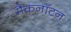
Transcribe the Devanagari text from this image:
मैकनॉटन